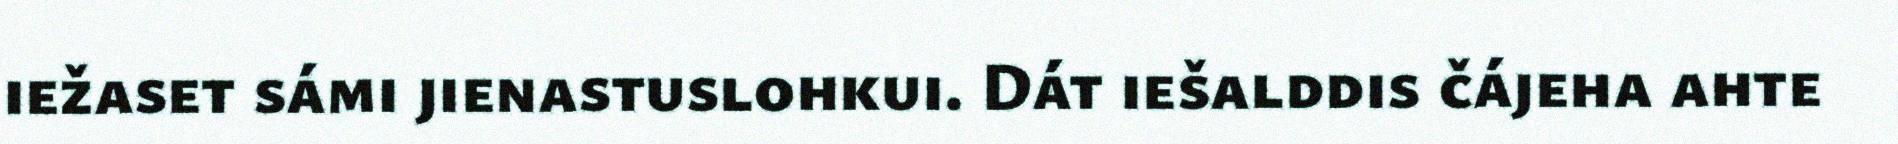
iežaset sámi jienastuslohkui. Dát iešalddis čájeha ahte